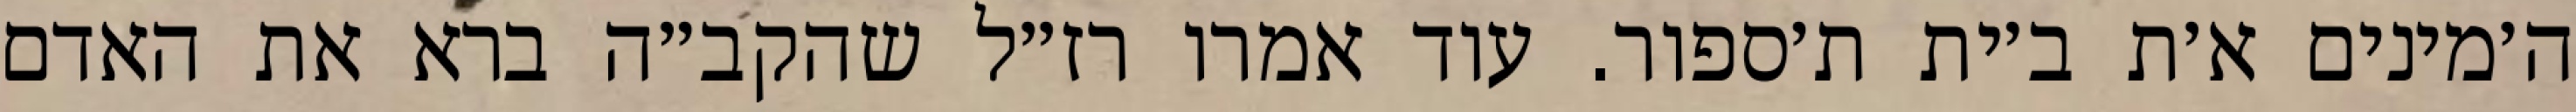
ה׳מינים א׳ת ב׳ית ת׳ספור. עוד אמרו רז״ל שהקב״ה ברא את האדם